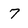
Character: 7